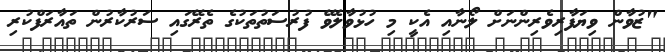
"ޒުވާން ވިޔަފާރިވެރިންނަށް ލޯނާއި އެކީ މި ހުޅުވާލެވޭ ފުރުސަތުތަކުގެ ތެރޭގައި ސަރުކާރުން ތައާރަފްކުރި